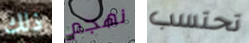
ذلك نهجم تحتسب